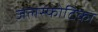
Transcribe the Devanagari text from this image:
जलस्फोटिका